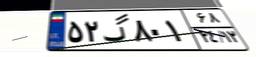
۵۲گ۸۰۱۶۸